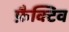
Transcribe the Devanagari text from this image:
फ़ैक्टिव